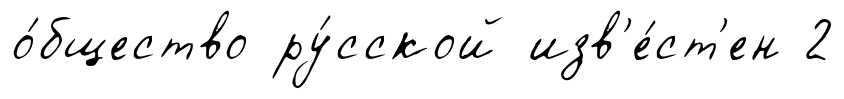
о́бщество ру́сской изв'е́ст'ен 2